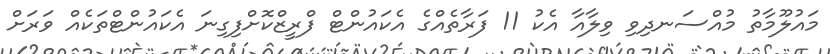
މައުލޫމާތު މުއްސަނދިވި ވިލާއާ އެކު 11 ފަރާތެއްގެ އެކައުންޓް ފްރީޒްކޮށްފިގިނަ އެކައުންޓްތަކެއް ވަރަށް